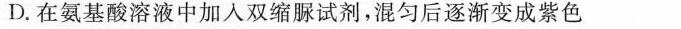
D.在氨基酸溶液中加入双缩脲试剂，混匀后逐渐变成紫色